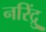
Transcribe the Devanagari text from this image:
नरिंद्रु